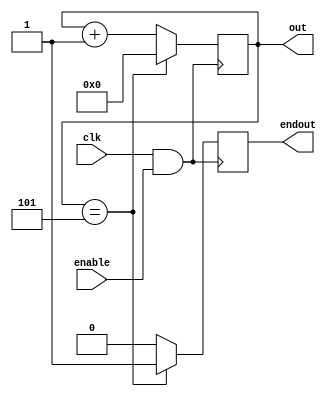
module contador_0_5 (clk, enable, out, endout);
    input clk, enable;
    output reg [3:0] out;
    output reg endout;

    initial begin
        out<=4'b0000;
        endout<=1'b0;
    end

    always@(posedge clk && enable) begin
        out <= out + 4'b0001;
        endout <= 1'b0; 
        if(out==4'b0101)begin
            endout<=1'b1;
            out<=4'b0000;
        end

    end
    
endmodule